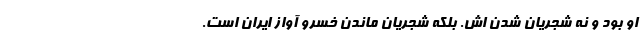
او بود و نه شجریان شدن اش. بلکه شجریان ماندن خسرو آواز ایران است.